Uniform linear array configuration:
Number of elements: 16
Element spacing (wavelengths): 0.25
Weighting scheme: binomial
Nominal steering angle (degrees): -60
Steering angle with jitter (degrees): -60.25
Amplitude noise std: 0.05
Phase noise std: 0.05

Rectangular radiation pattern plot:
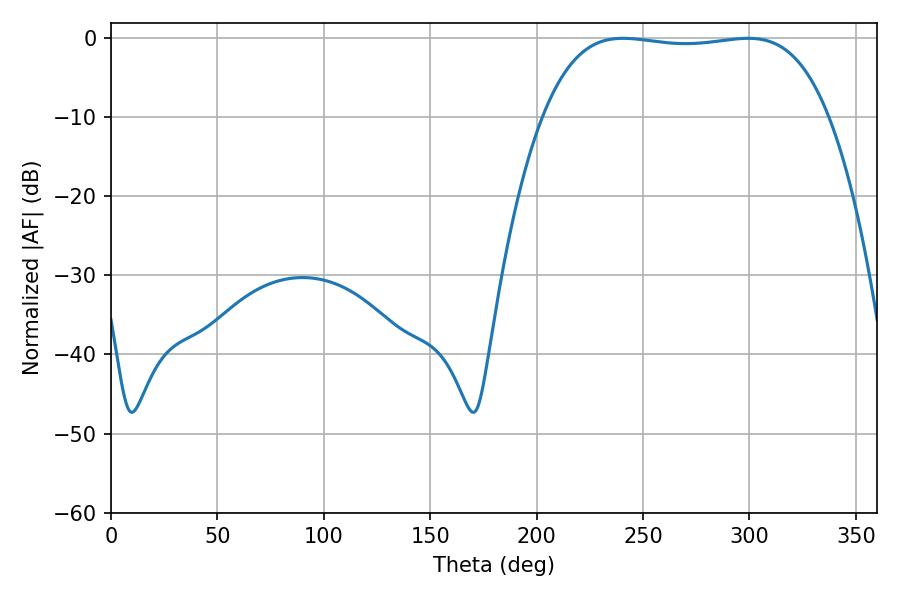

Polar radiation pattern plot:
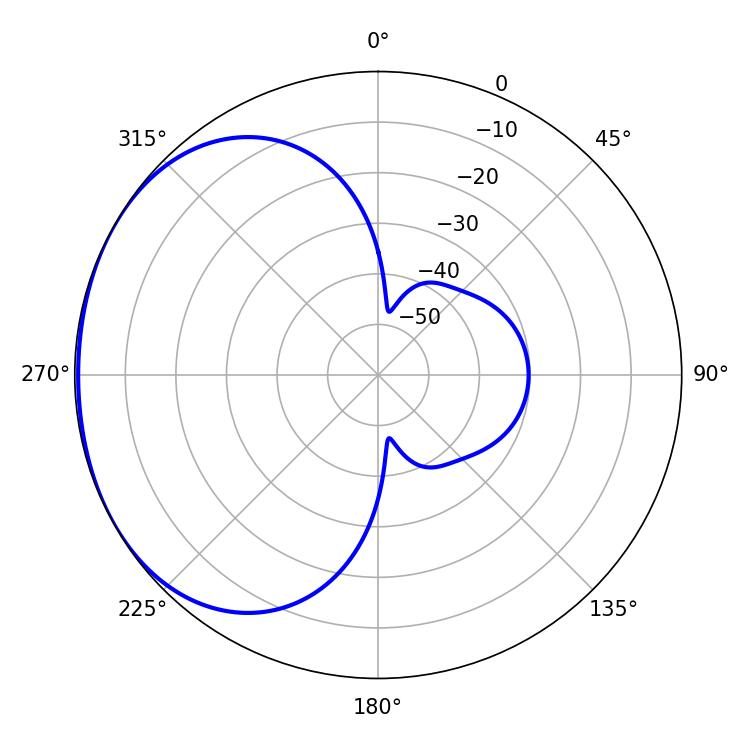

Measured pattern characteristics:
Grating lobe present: FALSE
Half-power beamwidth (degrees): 105.84
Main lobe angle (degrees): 240.66